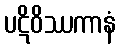
ပဋိဝိဿကာနံ